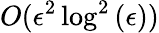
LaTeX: O(\epsilon^{2}\log^{2}{(\epsilon)})